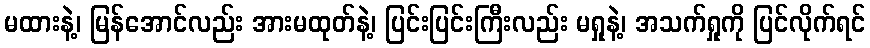
မထားနဲ့၊ မြန်အောင်လည်း အားမထုတ်နဲ့၊ ပြင်းပြင်းကြီးလည်း မရှုနဲ့၊ အသက်ရှုကို ပြင်လိုက်ရင်